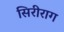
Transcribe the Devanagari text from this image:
सिरीराग